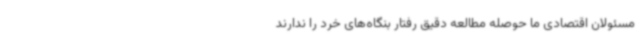
مسئولان اقتصادی ما حوصله مطالعه دقیق رفتار بنگاه‌های خرد را ندارند